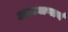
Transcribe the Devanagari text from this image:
आमन्त्रणार्थ